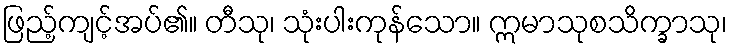
ဖြည့်ကျင့်အပ်၏။ တီသု၊ သုံးပါးကုန်သော။ ဣမာသုစသိက္ခာသု၊